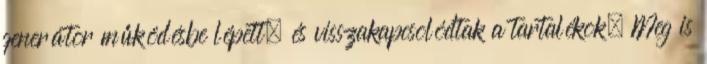
generátor működésbe lépett, és visszakapcsolódtak a tartalékok. Meg is